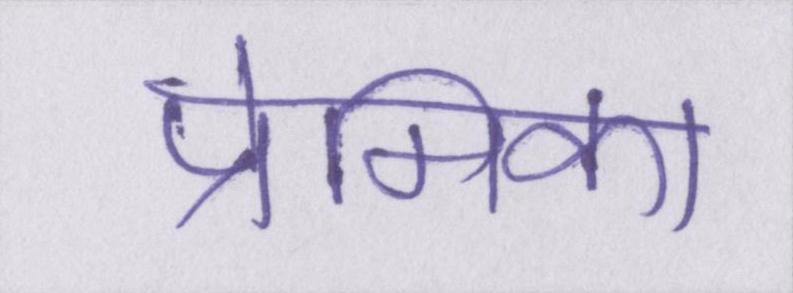
प्रेमिका